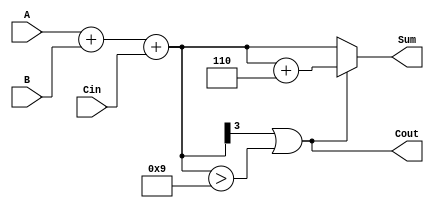
module BCD_Adder (
    input  [3:0] A,      // 4-bit BCD input A
    input  [3:0] B,      // 4-bit BCD input B
    input        Cin,     // 1-bit carry-in
    output [3:0] Sum,     // 4-bit BCD output Sum
    output       Cout      // 1-bit carry-out
);

    wire [4:0] R;        // 5-bit result of the binary addition
    wire correction;      // Correction flag

    // Step 1: Perform binary addition
    assign R = A + B + Cin;

    // Step 2: Determine if correction is needed
    assign correction = (R[3] == 1'b1) || (R[3:0] > 4'd9);

    // Step 3: Apply correction if necessary
    assign Sum = correction ? (R[3:0] + 4'd6) : R[3:0];
    
    // Step 4: Set carry-out
    assign Cout = correction;

endmodule